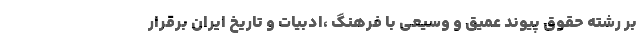
بر رشته حقوق پیوند عمیق و وسیعی با فرهنگ ،ادبیات و تاریخ ایران برقرار